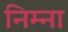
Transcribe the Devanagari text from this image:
निम्ना